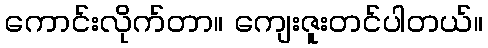
ကောင်းလိုက်တာ။ ကျေးဇူးတင်ပါတယ်။